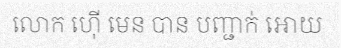
លោក ហ៊ើ មេន បាន បញ្ជាក់ អោយ